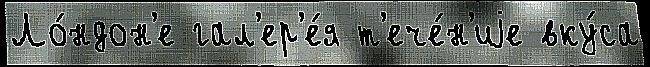
Ло́ндон'е гал'ер'е́я т'ече́н'иjе вку́са